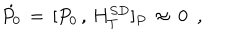
LaTeX: \dot { P _ { 0 } } \, = \, [ P _ { 0 } \, , \, H _ { T } ^ { S D } ] _ { P } \, \approx \, 0 \, \, \, ,